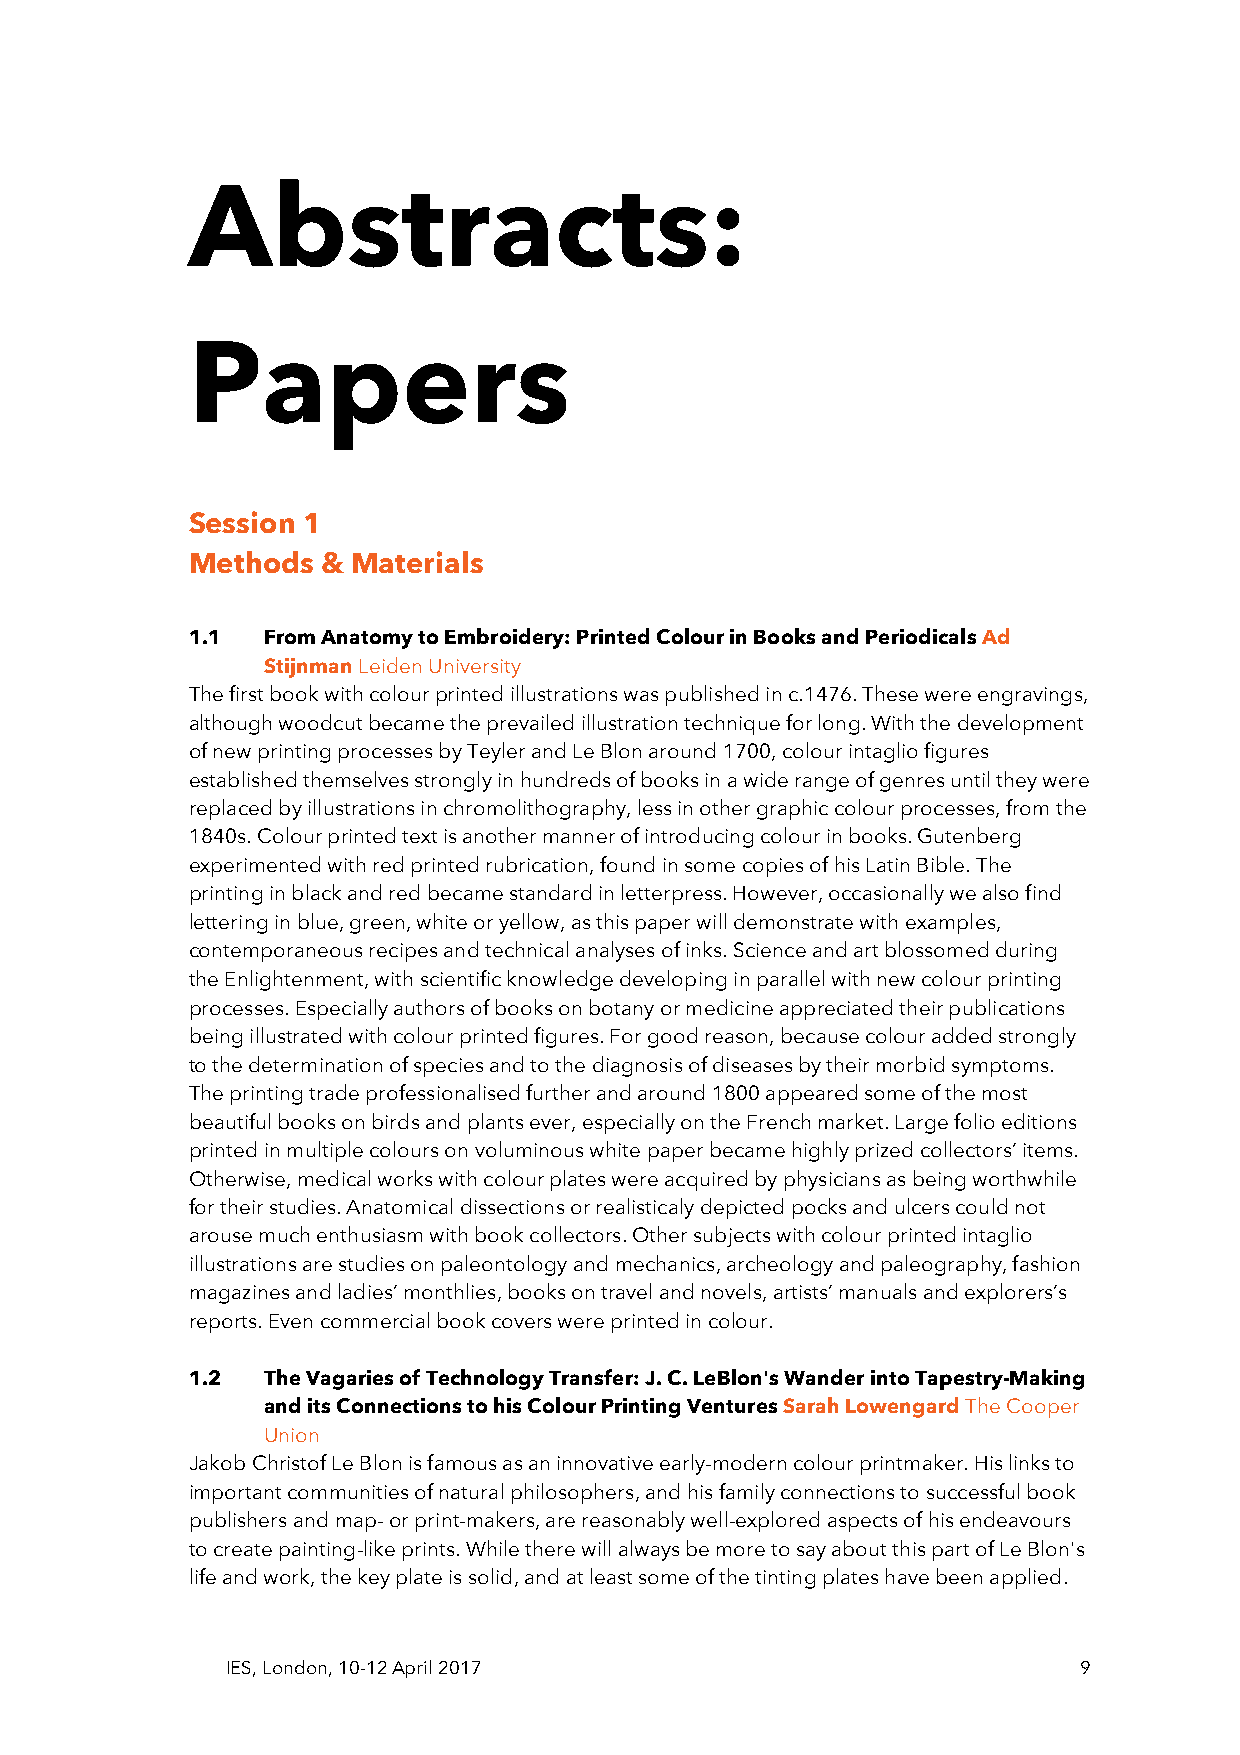
Abstracts:
 Papers
 Session 1
 Methods  & Materials
 1.1  From Anatomy to Embroidery: Printed Colour in Books and Periodicals Ad
 Stijnman Leiden University
 The first book with colour printed illustrations was published in c.1476. These were engravings,
 although woodcut became the prevailed illustration technique for long. With the development
 of new printing processes by Teyler and Le Blon around 1700, colour intaglio figures
 established themselves strongly in hundreds of books in a wide range of genres until they were
 replaced by illustrations in chromolithography, less in other graphic colour processes, from the
 1840s. Colour printed text is another manner of introducing colour in books. Gutenberg
 experimented with red printed rubrication, found in some copies of his Latin Bible. The
 printing in black and red became standard in letterpress. However, occasionally we also find
 lettering in blue, green, white or yellow, as this paper will demonstrate with examples,
 contemporaneous recipes and technical analyses of inks. Science and art blossomed during
 the Enlightenment, with scientific knowledge developing in parallel with new colour printing
 processes. Especially authors of books on botany or medicine appreciated their publications
 being illustrated with colour printed figures. For good reason, because colour added strongly
 to the determination of species and to the diagnosis of diseases by their morbid symptoms.
 The printing trade professionalised further and around 1800 appeared some of the most
 beautiful books on birds and plants ever, especially on the French market. Large folio editions
 printed in multiple colours on voluminous white paper became highly prized collectors’ items.
 Otherwise, medical works with colour plates were acquired by physicians as being worthwhile
 for their studies. Anatomical dissections or realisticaly depicted pocks and ulcers could not
 arouse much enthusiasm with book collectors. Other subjects with colour printed intaglio
 illustrations are studies on paleontology and mechanics, archeology and paleography, fashion
 magazines and ladies’ monthlies, books on travel and novels, artists’ manuals and explorers’s
 reports. Even commercial book covers were printed in colour.
 1.2  The Vagaries of Technology Transfer: J. C. LeBlon's Wander into Tapestry-Making
 and its Connections to his Colour Printing Ventures Sarah Lowengard The Cooper
 Union
 Jakob Christof Le Blon is famous as an innovative early-modern colour printmaker. His links to
 important communities of natural philosophers, and his family connections to successful book
 publishers and map- or print-makers, are reasonably well-explored aspects of his endeavours
 to create painting-like prints. While there will always be more to say about this part of Le Blon's
 life and work, the key plate is solid, and at least some of the tinting plates have been applied.
 IES, London, 10-12 April 2017                           9